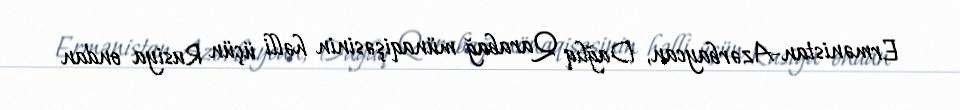
Ermənistan-Azərbaycan, Dağlıq Qarabağ münaqişəsinin həlli üçün Rusiya ondan